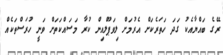
ރޭގެ ބައްޔާއެކު ގަދަ ހަތަރެކަށް އެރުމަށް ލިވަޕޫލްއިން ކުރާ މަސައްކަތަށް ވަނީ ހުރަސްތަކެއް